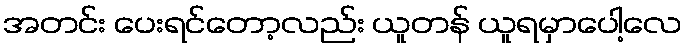
အတင်း ပေးရင်တော့လည်း ယူတန် ယူရမှာပေါ့လေ